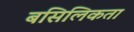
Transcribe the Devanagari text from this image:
बसिलिकता